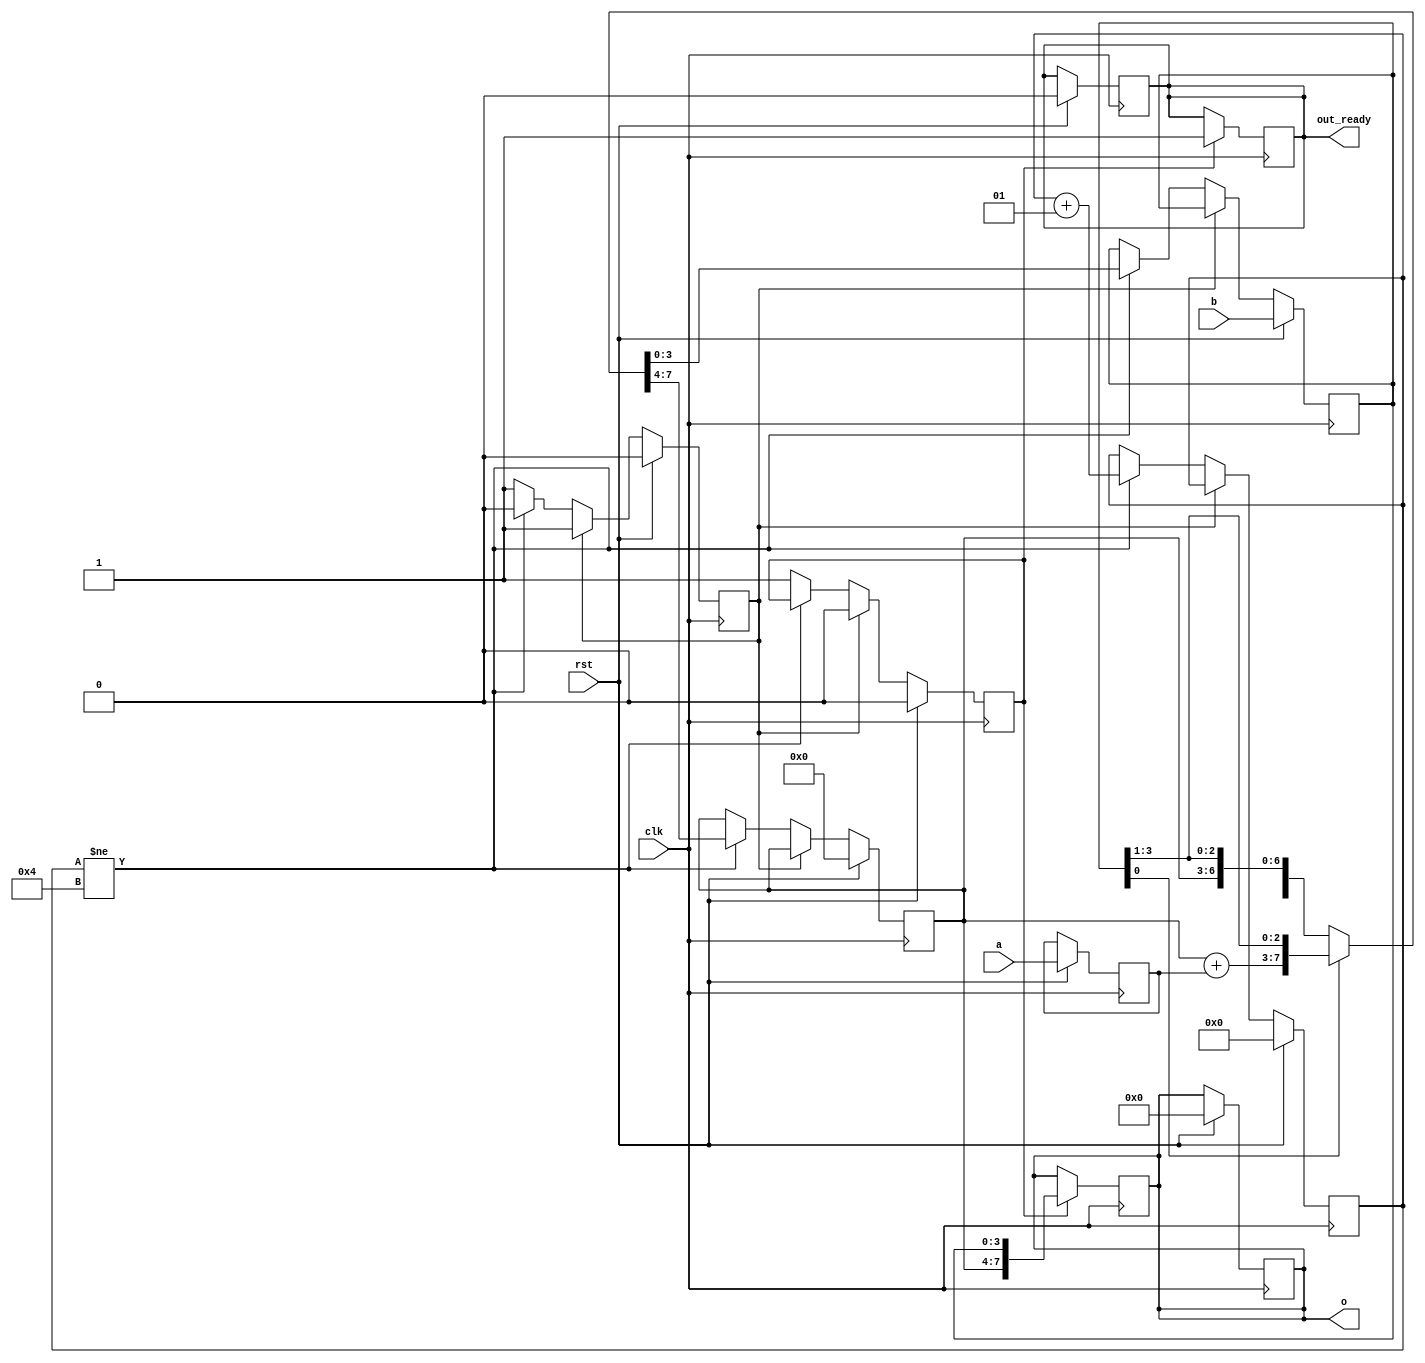
`timescale 1ns / 1ps
//////////////////////////////////////////////////////////////////////////////////
// Company: 
// Engineer: 
// 
// Design Name: 
// Module Name: Multiplier
// Project Name: 
// Target Devices: 
// Tool Versions: 
// Description: 
// 
// Dependencies: 
// 
// Revision:
// Revision 0.01 - File Created
// Additional Comments:
// 
//////////////////////////////////////////////////////////////////////////////////


module Multiplier(
    input [3:0] a, b,
    output [7:0] o,
    output out_ready,
    input clk, rst
    );
    reg out_ready1;
    reg [3:0] ac, q, m;
    reg c;
    reg [7:0] out;
    reg out_enable;
    reg stop;
    integer count;
    
    always @ (posedge clk) begin
        if (rst) begin
            count = 0;
            stop = 0;
            out_ready1 = 0;
            out = 0;
            out_enable = 0;
            q = b;
            ac = 0;
            c = 0;
            m = a;
        end
        else begin
            if (stop != 1) begin
                if (count != 4) begin
                    count = count + 1;
                    if(q[0] == 1) begin
                        {c, ac} = ac + m;
                        {c, ac, q} = {q[0], c, ac, q[3:1]};
                    end
                    else begin
                        {c, ac} = ac;
                        {c, ac, q} = {q[0], c, ac,  q[3:1]};
                    end
                end
                else begin
                    out_enable = 1;
                    stop = 1;
                end
            end
            else
                out_enable = 0;
        end
    end
    
    always @ (posedge clk) begin
        if(out_enable == 1)begin
            out_ready1 <= 1;
            out <= {ac, q};
        end
    end
    
    assign o = out;
    assign out_ready = out_ready1;
    
endmodule